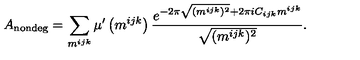
A _ { \mathrm { n o n d e g } } = \sum _ { m ^ { i j k } } \mu ^ { \prime } \left( m ^ { i j k } \right) \frac { e ^ { - 2 \pi \sqrt { ( m ^ { i j k } ) ^ { 2 } } + 2 \pi i C _ { i j k } m ^ { i j k } } } { \sqrt { ( m ^ { i j k } ) ^ { 2 } } } .